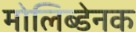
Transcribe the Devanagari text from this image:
मोलिब्डेनक